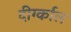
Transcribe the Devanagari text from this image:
दीर्ग्काल